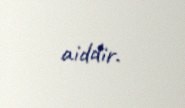
aiddir.